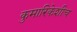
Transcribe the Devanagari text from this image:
कुमारिकेशीच